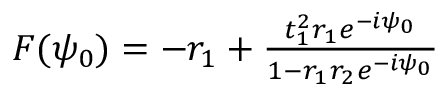
\begin{array} { r } { F ( \psi _ { 0 } ) = - r _ { 1 } + \frac { t _ { 1 } ^ { 2 } r _ { 1 } e ^ { - i \psi _ { 0 } } } { 1 - r _ { 1 } r _ { 2 } e ^ { - i \psi _ { 0 } } } } \end{array}